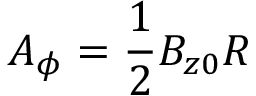
A _ { \phi } = \frac { 1 } { 2 } B _ { z 0 } R